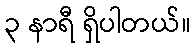
၃ နာရီ ရှိပါတယ်။